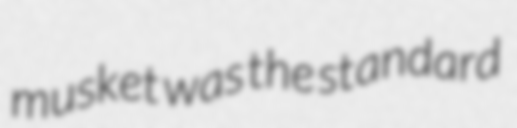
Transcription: musket was the standard